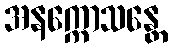
အနက္ကောသန္တေ